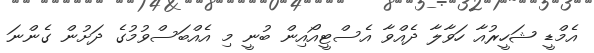
އެމްޑީ ޝަހީރުއާ ހަވާލާ ދެއްވާ އެސްޓީއޯއިން ބުނީ މި އެއްބަސްވުމުގެ ދަށުން ގެންނަ